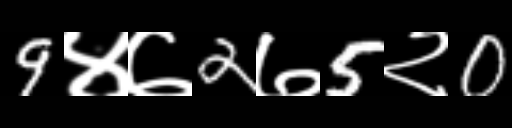
Text: 9४७2७5२0